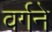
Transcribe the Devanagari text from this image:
वर्गने